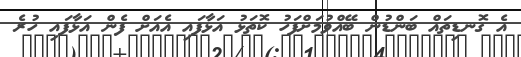
އެ ގޮނޑިތައް ބަންޑުން ބޭއްވުމަށްފަހު ކޮތަޅު އަޅާފައި އެއަށް ފެން އަޅާފައި ހުރެ